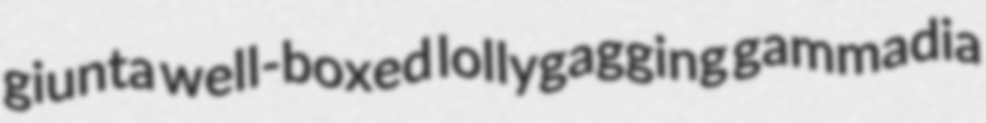
giunta well-boxed lollygagging gammadia